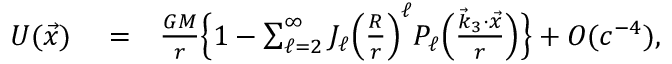
\begin{array} { r l r } { U ( \vec { x } ) } & { { } = } & { \frac { G M } { r } \Big \{ 1 - \sum _ { \ell = 2 } ^ { \infty } J _ { \ell } \Big ( \frac { R } { r } \Big ) ^ { \ell } P _ { \ell } \Big ( \frac { { \vec { k } } _ { 3 } \cdot { \vec { x } } } { r } \Big ) \Big \} + { \cal O } ( c ^ { - 4 } ) , } \end{array}